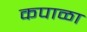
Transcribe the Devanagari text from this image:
कपाळा